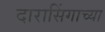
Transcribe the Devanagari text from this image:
दारासिंगाच्या